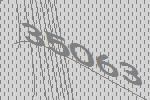
35063